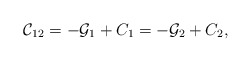
\begin{align*} \mathcal{C}_{12}=-\mathcal{G}_1+C_1=-\mathcal{G}_2+C_2,\end{align*}